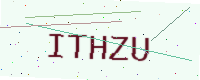
Text: ITHZU